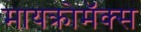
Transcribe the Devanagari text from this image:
मायक्रोमॅक्स